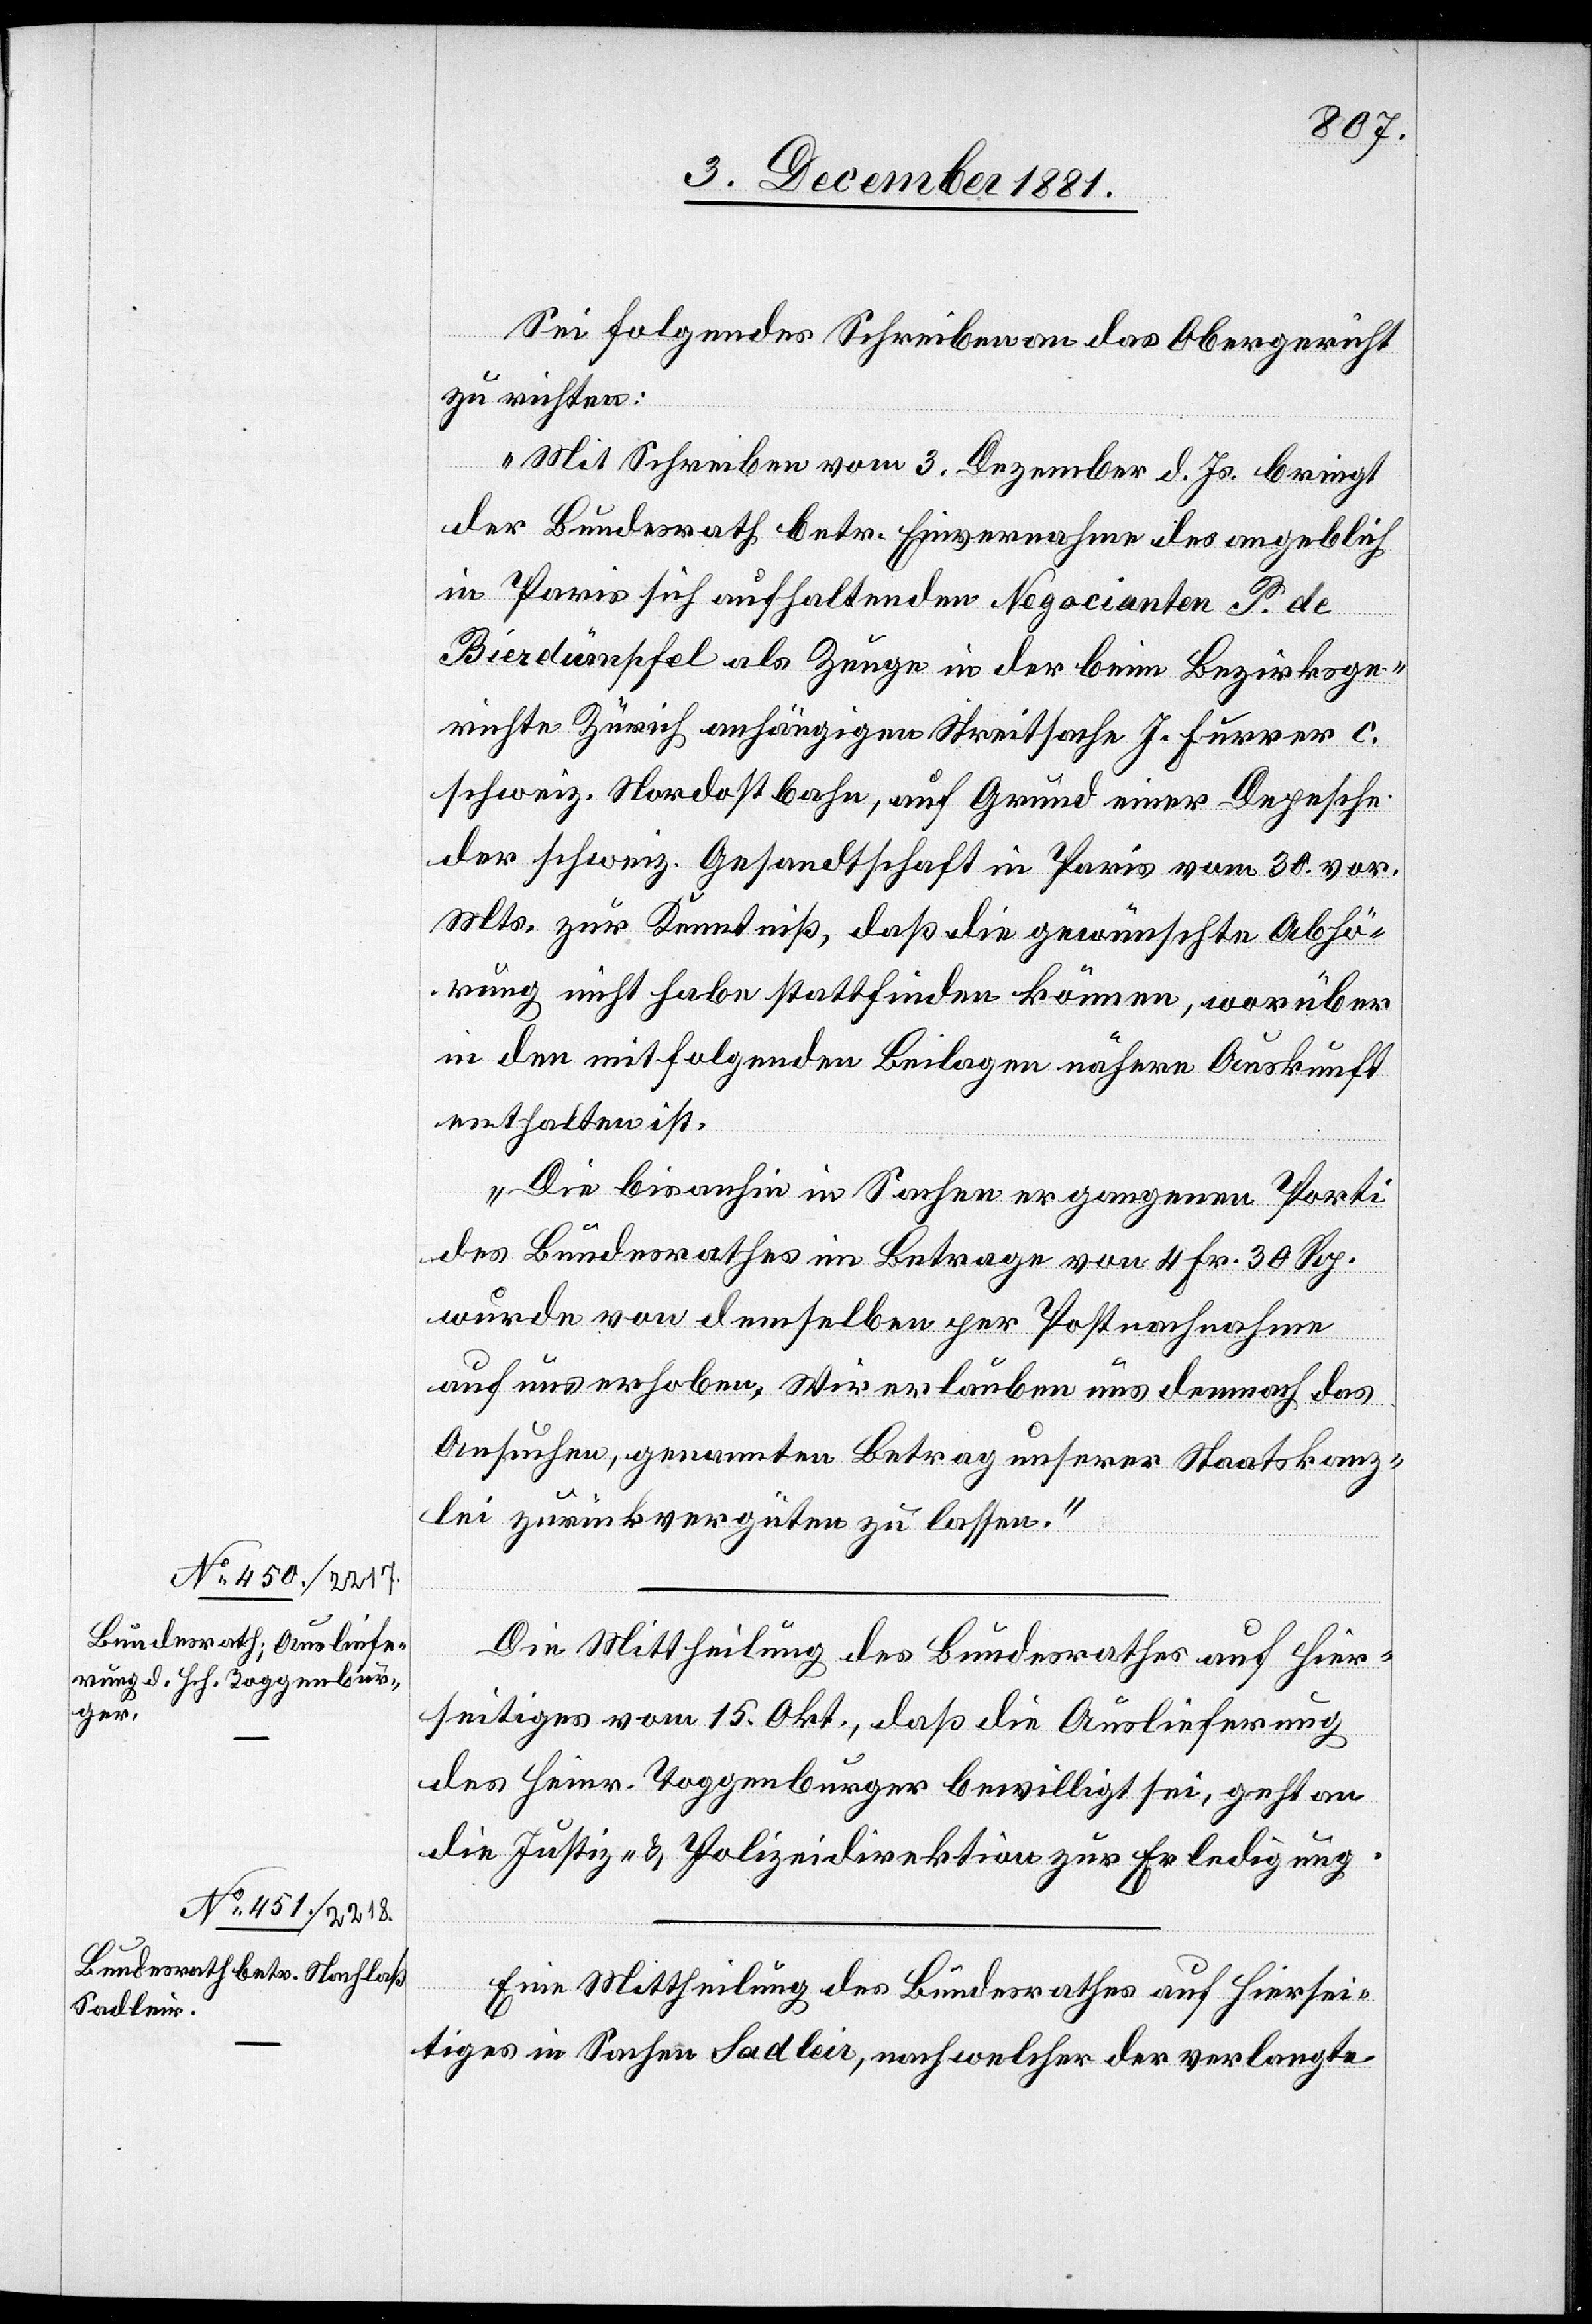
8. December 1881.]
Sei folgendes Schreiben an das Obergericht
zu richten:
„Mit Schreiben vom 3. Dezember d. Js. bringt
der Bundesrath betr. Einvernahme des angeblich
in Paris sich aufhaltenden Negocianten S. de
Bierdümpfel als Zeuge in der beim Bezirksge¬
richte Zürich anhängigen Streitsache J. Furrer c.
schweiz. Nordostbahn, auf Grund einer Depesche
der schweiz. Gesandtschaft in Paris vom 30. vor.
Mts. zur Kenntniß, daß die gewünschte Abhö¬
rung nicht habe stattfinden können, worüber
in den mit folgenden Beilagen nähere Auskunft
enthalten ist.
Die bisanhin in Sachen ergangenen Porti
des Bundesrathes im Betrage von 4 Fr. 30 Rp.
wurde von demselben per Postnachnahme
auf uns erhoben. Wir erlauben uns demnach das
Ansuchen, genannten Betrag unserer Staatskanz¬
lei zurückvergüten zu lassen.“
Die Mittheilung des Bundesrathes auf Hier¬
seitiges vom 15. Okt., daß die Auslieferung
des Heinr. Toggenburger bewilligt sei, geht an
die Justiz- & Polizeidirektion zur Erledigung.
Eine Mittheilung des Bundesrathes auf Hiersei¬
tiges in Sachen Sadleir, nach welcher der verlangte